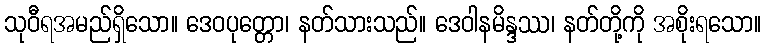
သုဝီရအမည်ရှိသော။ ဒေဝပုတ္တော၊ နတ်သားသည်။ ဒေဝါနမိန္ဒဿ၊ နတ်တို့ကို အစိုးရသော။